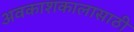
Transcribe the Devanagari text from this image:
अवकाशकालासाठी